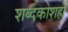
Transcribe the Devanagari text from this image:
शब्दकोशही